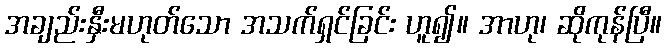
အချည်းနှီးမဟုတ်သော အသက်ရှင်ခြင်း ဟူ၍။ အာဟု၊ ဆိုကုန်ပြီ။